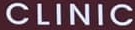
CLINIC